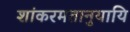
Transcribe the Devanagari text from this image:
शांकरमतानुयायि